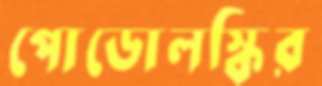
পোডোলস্কির